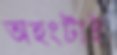
অহংটাই